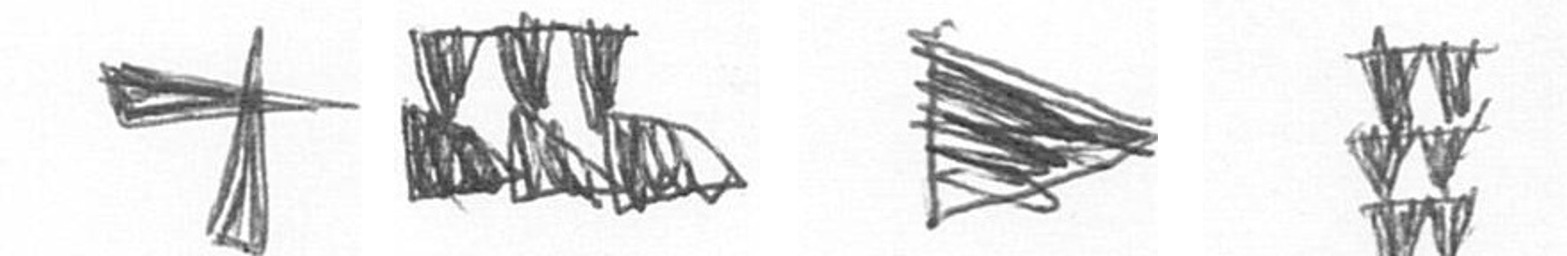
G D T Y